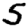
Digit: 5